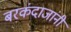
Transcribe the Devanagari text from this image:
बरकंदाजांनी